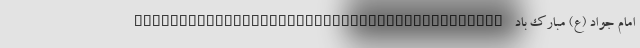
امام جواد (ع) مبارک باد _________________________________________